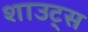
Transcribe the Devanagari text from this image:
शाउट्स